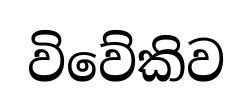
විවේකිව